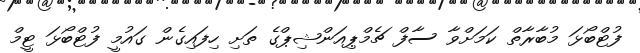
ފުޓްބޯޅަ މުބާރާތް ކަމަށްވާ ސާފް ޗެމްޕިއަންޝިޕްގެ ތަށި ހިފައިގެން ގައުމީ ފުޓްބޯޅަ ޓީމް